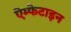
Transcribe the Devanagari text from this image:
ऐम्फेटाइन